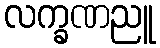
လက္ခဏညူ